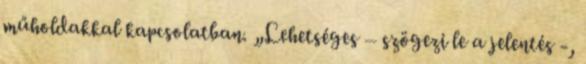
műholdakkal kapcsolatban. „Lehetséges – szögezi le a jelentés -,